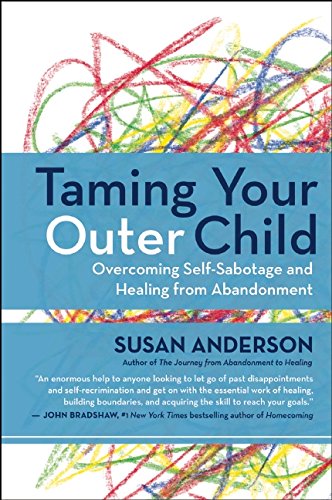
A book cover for Taming Your Outer Child: Overcoming Self-Sabotage and Healing from Abandonment; Susan Anderson; Self-Help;